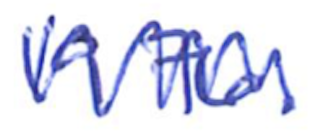
Text: 1976.
Cross-out: zig-zag
Writing tool: ballpoint